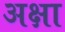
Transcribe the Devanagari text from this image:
अक्षा